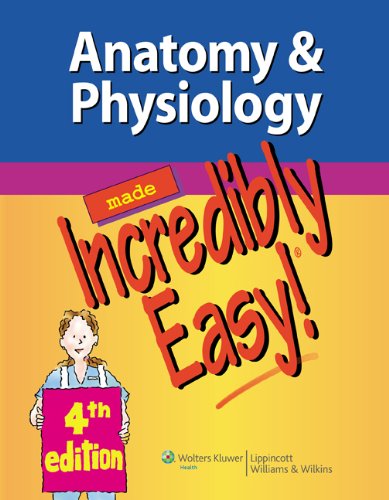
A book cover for Anatomy & Physiology Made Incredibly Easy!; Lippincott Williams &  Wilkins; Medical Books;